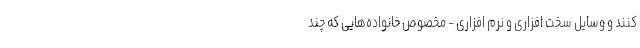
کنند و وسایل سخت افزاری و نرم افزاری - مخصوص خانواده‌هایی که چند